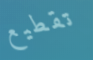
تقطيع